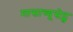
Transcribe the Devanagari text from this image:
मासाच्यूसेट्स